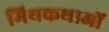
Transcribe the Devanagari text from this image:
मिथकथाओं